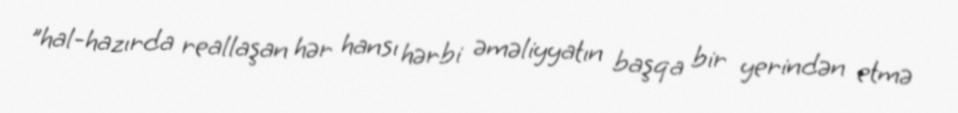
"hal-hazırda reallaşan hər hansı hərbi əməliyyatın başqa bir yerindən etmə